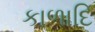
કાળાદિ